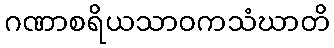
ဂဏာစရိယသာဝကသံဃာတိ